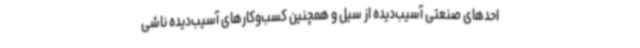
احدهای صنعتی آسیب‌دیده از سیل و همچنین کسب‌وکارهای آسیب‌دیده ناشی